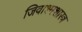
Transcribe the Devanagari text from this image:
जिवाश्मशास्त्र